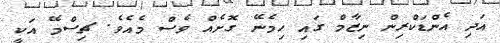
އަދި އެންޑަކްރިން ނިޒާމް ގައި ހިމެނޭ ގޮށެއް ވެސް މެއެވެ. ޗިސްމޭ އަކީ